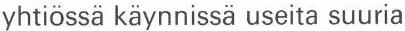
yhtiössä käynnissä useita suuria